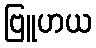
ဗြူဟယ